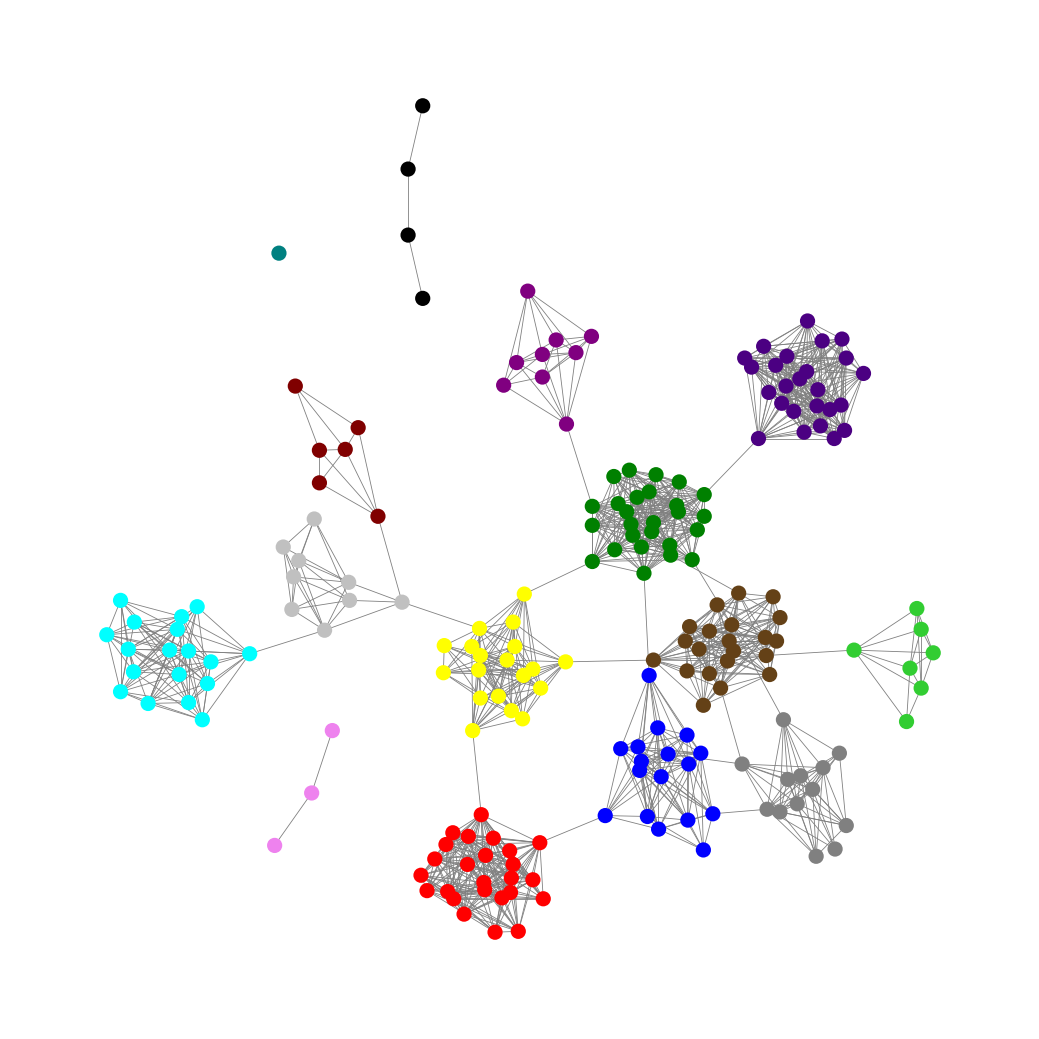
Graph connected: No
Number of connected components: 4
Number of singletons: 1
Total number of nodes: 203
Total number of edges: 1284
Number of communities: 15
Community sizes:
Aqua: 18
Black: 4
Blue: 17
Gray: 13
Green: 26
Indigo: 25
Lime Green: 7
Maroon: 6
Pullman Brown: 21
Purple: 9
Red: 25
Silver: 9
Teal: 1
Violet: 3
Yellow: 19
Graph layout: tda
Graph generation method: erdos_renyi